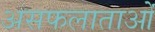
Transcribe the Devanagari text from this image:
असफलाताओं